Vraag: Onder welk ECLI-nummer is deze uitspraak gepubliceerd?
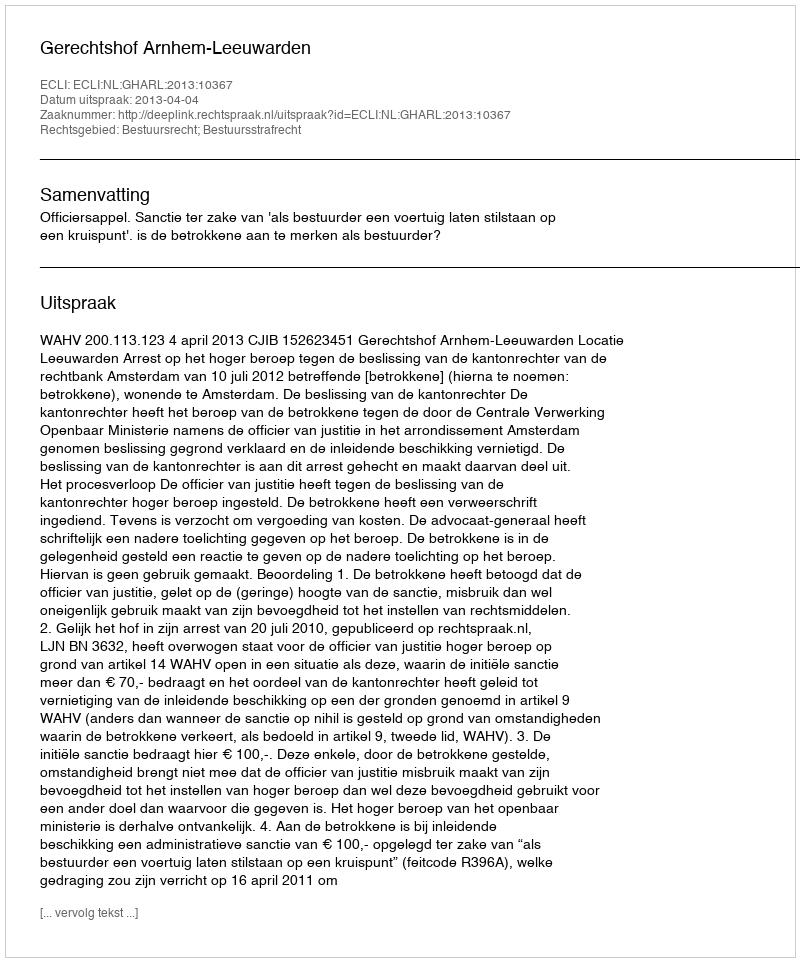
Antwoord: ECLI:NL:GHARL:2013:10367